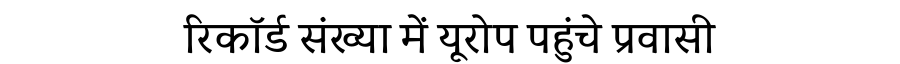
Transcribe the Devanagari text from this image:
रिकॉर्ड संख्या में यूरोप पहुंचे प्रवासी